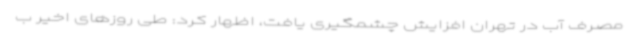
مصرف آب در تهران افزایش چشمگیری یافت، اظهار کرد: طی روزهای اخیر ب